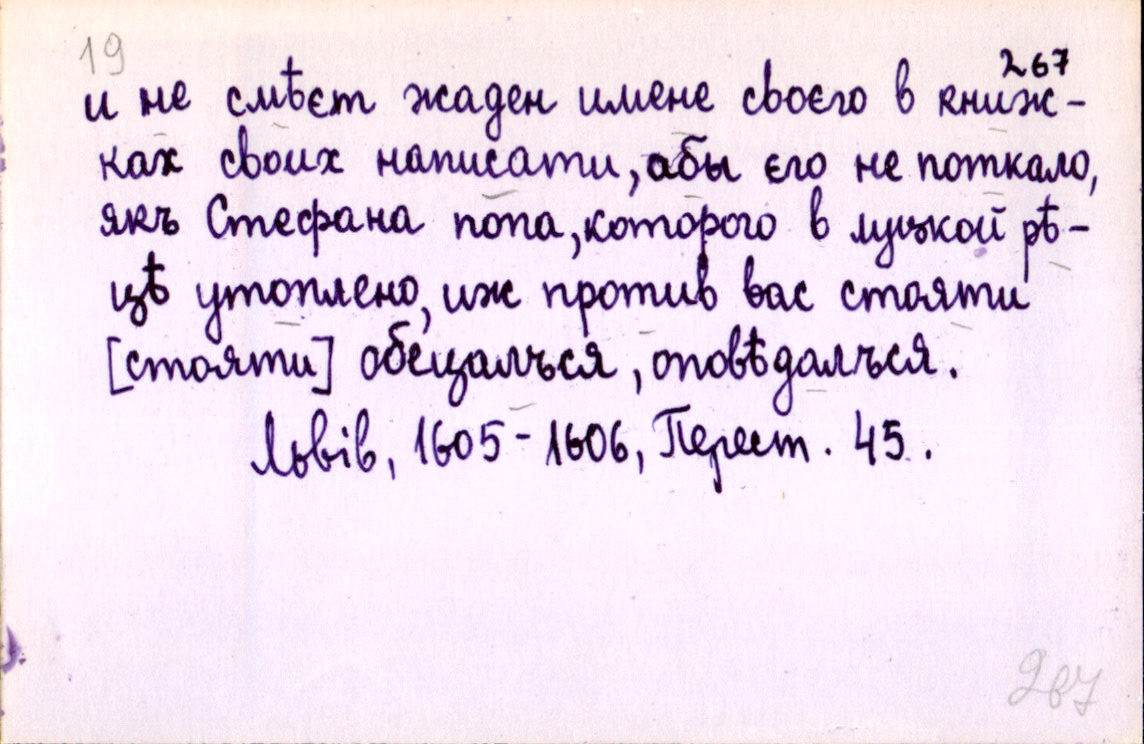
и не смѣєт жаден имене своєго в книж-
ках своих написати, абы єго не поткало,
якъ Стефана попа, которого в луцкой рѣ-
цѣ утоплено, иж против вас стояти
[стояти] обецалъся, оповѣдалъся.
Львів, 1605-1606, Перест. 45.